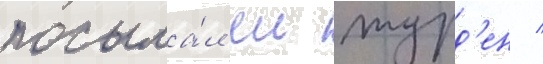
посыла́л еи журд'ен /